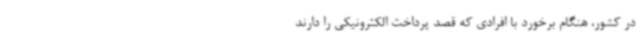
در کشور، هنگام برخورد با افرادی که قصد پرداخت الکترونیکی را دارند